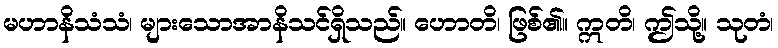
မဟာနိသံသံ၊ များသောအာနိသင်ရှိသည်။ ဟောတိ၊ ဖြစ်၏။ ဣတိ၊ ဤသို့။ သုတံ၊